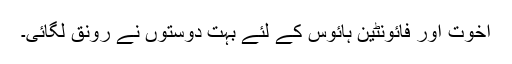
اخوت اور فائونٹین ہائوس کے لئے بہت دوستوں نے رونق لگائی۔